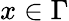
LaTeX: x\in\Gamma